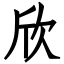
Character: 欣